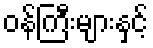
ဝန်ကြီးများနှင့်